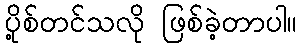
ပို့စ်တင်သလို ဖြစ်ခဲ့တာပါ။